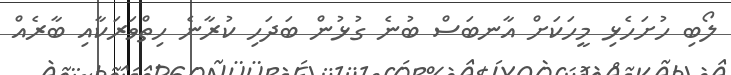
ލޯބި ހުށަހެޅި މީހަކަށް އާނބަސް ބުނެ ގުޅުން ބަދަހި ކުރާނެ ހިތްވަރަކާއި ބާރެއް